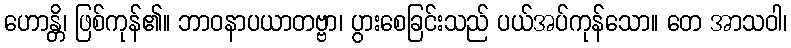
ဟောန္တိ၊ ဖြစ်ကုန်၏။ ဘာဝနာပယာတဗ္ဗာ၊ ပွားစေခြင်းသည် ပယ်အပ်ကုန်သော။ တေ အာသဝါ၊